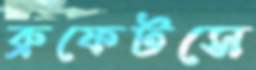
ব্রুফেটসে